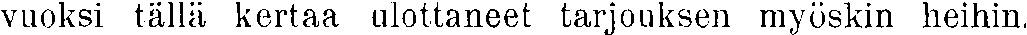
vuoksi tällä kertaa ulottaneet tarjouksen myöskin heihin.